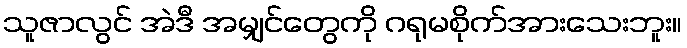
သူဇာလွင် အဲဒီ အမျှင်တွေကို ဂရုမစိုက်အားသေးဘူး။